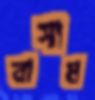
রাসাম